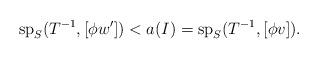
LaTeX: \begin{align*}\mathrm{sp}_S(T^{-1},[\phi w'])<a(I)=\mathrm{sp}_S(T^{-1},[\phi v]).\end{align*}